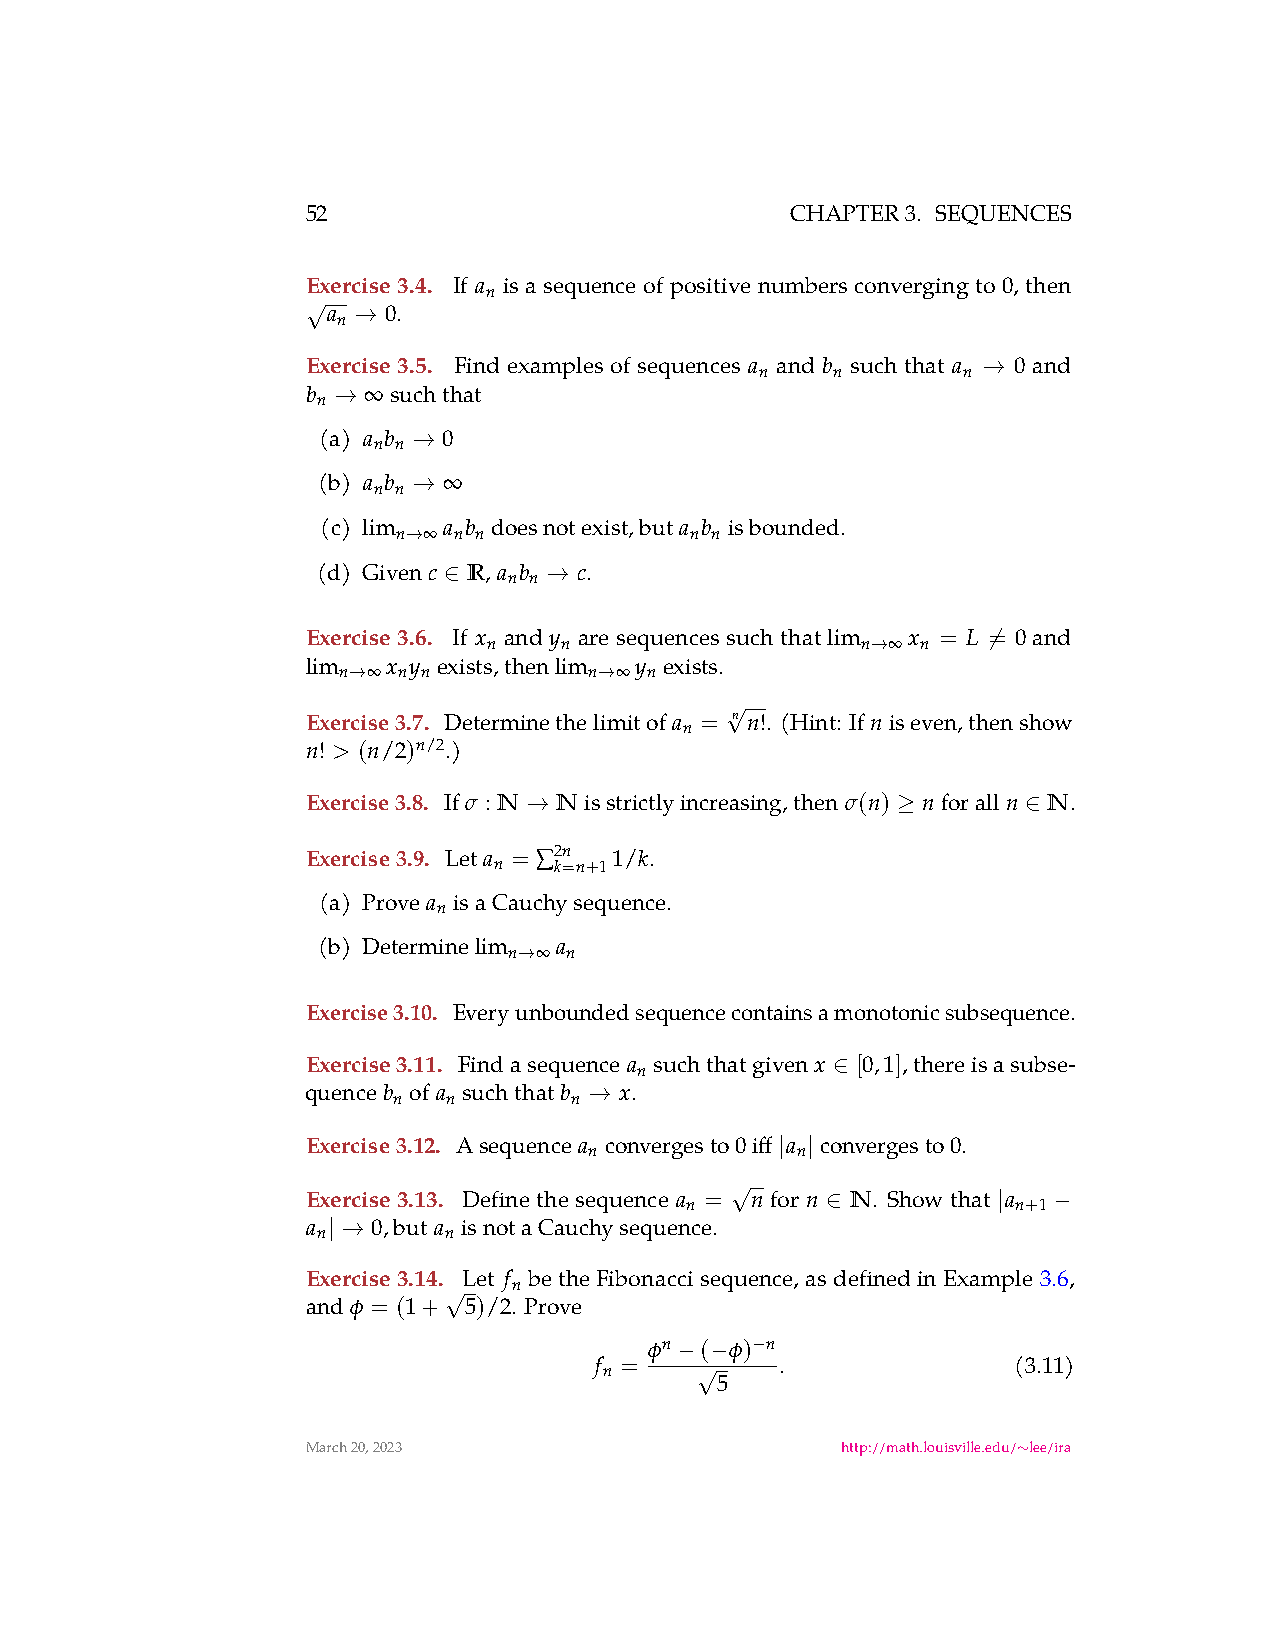
52                              CHAPTER3. SEQUENCES
 Exercise 3.4. If a is a sequence of positive numbers converging to 0, then
 n
 √a   0.
 n
 →
 Exercise 3.5. Find examples of sequences a and b such that a 0 and
 n    n        n
 →
 b   ∞suchthat
 n
 →
 (a) a b 0
 n n
 →
 (b) a b ∞
 n n
 →
 (c) lim
 n
 ∞a nb
 n
 doesnotexist,but a nb
 n
 isbounded.
 →
 (d) Givenc R, a b c.
 n n
 ∈      →
 Exercise 3.6. If x
 n
 and y
 n
 are sequences such that lim
 n
 ∞x
 n
 = L = 0 and
 lim
 n
 ∞x ny
 n
 exists,then lim
 n
 ∞y
 n
 exists.       →      ̸
 →                →
 Exercise3.7. Determinethelimitof a = √n n!. (Hint: Ifniseven,thenshow
 n
 n! > (n/2)n/2.)
 Exercise3.8. If σ : N Nisstrictlyincreasing,then σ(n) nforalln N.
 →                       ≥        ∈
 Exercise3.9. Let a = ∑2n 1/k.
 n   k=n+1
 (a) Prove a isaCauchysequence.
 n
 (b) Determine lim
 n
 ∞a
 n
 →
 Exercise3.10. Everyunboundedsequencecontainsamonotonicsubsequence.
 Exercise3.11. Findasequence a suchthatgiven x [0,1],thereisasubse-
 n
 ∈
 quenceb of a suchthatb x.
 n   n       n
 →
 Exercise3.12. Asequence a convergesto 0iff a convergesto 0.
 n             n
 | |
 Exercise3.13. Definethesequence a = √n for n N. Showthat a
 n                     n+1
 ∈          |   −
 a    0,but a isnotaCauchysequence.
 n       n
 | →
 Exercise3.14. Let f betheFibonaccisequence, asdefinedinExample3.6,
 n
 and ϕ = (1+√5)/2. Prove
 ϕn ( ϕ) n
 f =   − −  − .              (3.11)
 n
 √5
 March20,2023                        http://math.louisville.edu/ lee/ira
 ∼